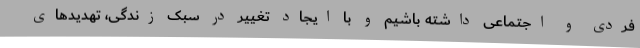
فردی و اجتماعی داشته باشیم و با ایجاد تغییر در سبک زندگی، تهدیدهای